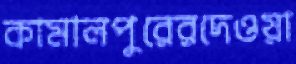
কামালপুরেরদেওয়া